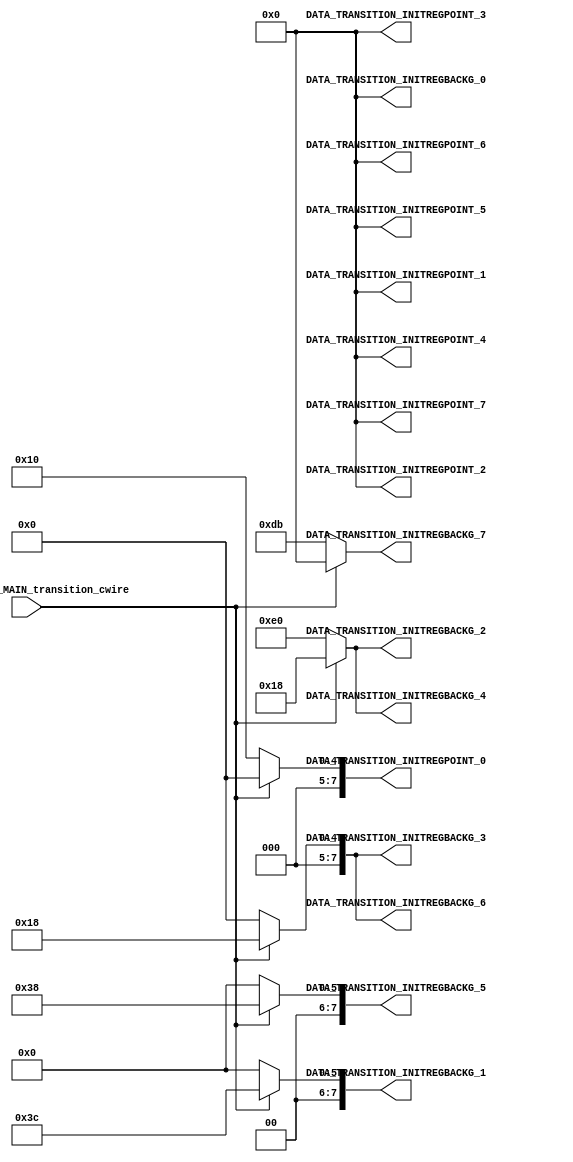




module CC_SET_FIXED_TRANSITIONS (
	
		/////// OUTPUTS ////////////////////////
		 DATA_TRANSITION_INITREGPOINT_7,
		 DATA_TRANSITION_INITREGPOINT_6,
		 DATA_TRANSITION_INITREGPOINT_5,
		 DATA_TRANSITION_INITREGPOINT_4,
		 DATA_TRANSITION_INITREGPOINT_3,
		 DATA_TRANSITION_INITREGPOINT_2,
		 DATA_TRANSITION_INITREGPOINT_1,
		 DATA_TRANSITION_INITREGPOINT_0,

		 DATA_TRANSITION_INITREGBACKG_7,
		 DATA_TRANSITION_INITREGBACKG_6,
		 DATA_TRANSITION_INITREGBACKG_5,
		 DATA_TRANSITION_INITREGBACKG_4,
		 DATA_TRANSITION_INITREGBACKG_3,
		 DATA_TRANSITION_INITREGBACKG_2,
		 DATA_TRANSITION_INITREGBACKG_1,
		 DATA_TRANSITION_INITREGBACKG_0,
		 
		///////// INPUTS ///////////////////////

		 STATEMACHINE_MAIN_transition_cwire
);
//=======================================================
//  PARAMETER declarations
//=======================================================

//=======================================================
//  PORT declarations
//=======================================================
output reg  [8-1:0]   DATA_TRANSITION_INITREGPOINT_7;
output reg	[8-1:0]	 DATA_TRANSITION_INITREGPOINT_6;
output reg	[8-1:0]	 DATA_TRANSITION_INITREGPOINT_5;
output reg	[8-1:0]	 DATA_TRANSITION_INITREGPOINT_4;
output reg	[8-1:0]	 DATA_TRANSITION_INITREGPOINT_3;
output reg	[8-1:0]	 DATA_TRANSITION_INITREGPOINT_2;
output reg	[8-1:0]	 DATA_TRANSITION_INITREGPOINT_1;
output reg	[8-1:0]	 DATA_TRANSITION_INITREGPOINT_0;

output reg	[8-1:0]	 DATA_TRANSITION_INITREGBACKG_7;
output reg	[8-1:0]	 DATA_TRANSITION_INITREGBACKG_6;
output reg	[8-1:0]	 DATA_TRANSITION_INITREGBACKG_5;
output reg	[8-1:0]	 DATA_TRANSITION_INITREGBACKG_4;
output reg	[8-1:0]	 DATA_TRANSITION_INITREGBACKG_3;
output reg	[8-1:0]	 DATA_TRANSITION_INITREGBACKG_2;
output reg	[8-1:0]	 DATA_TRANSITION_INITREGBACKG_1;
output reg	[8-1:0]	 DATA_TRANSITION_INITREGBACKG_0;

input STATEMACHINE_MAIN_transition_cwire;

//=======================================================
//  REG/WIRE declarations
//=======================================================



//=======================================================
//  Structural coding
//=======================================================
always @(*) 
begin

	if (STATEMACHINE_MAIN_transition_cwire == 3'b001) begin

		 DATA_TRANSITION_INITREGPOINT_7 = 8'b00000000;
		 DATA_TRANSITION_INITREGPOINT_6 = 8'b00000000;
		 DATA_TRANSITION_INITREGPOINT_5 = 8'b00000000;
		 DATA_TRANSITION_INITREGPOINT_4 = 8'b00000000;
		 DATA_TRANSITION_INITREGPOINT_3 = 8'b00000000;
		 DATA_TRANSITION_INITREGPOINT_2 = 8'b00000000;
		 DATA_TRANSITION_INITREGPOINT_1 = 8'b00000000;
		 DATA_TRANSITION_INITREGPOINT_0 = 8'b00000000;

		 DATA_TRANSITION_INITREGBACKG_7 = 8'b00000000;
		 DATA_TRANSITION_INITREGBACKG_6 = 8'b00011000;
		 DATA_TRANSITION_INITREGBACKG_5 = 8'b00111000;
		 DATA_TRANSITION_INITREGBACKG_4 = 8'b00011000;
		 DATA_TRANSITION_INITREGBACKG_3 = 8'b00011000;
		 DATA_TRANSITION_INITREGBACKG_2 = 8'b00011000;
		 DATA_TRANSITION_INITREGBACKG_1 = 8'b00111100;
		 DATA_TRANSITION_INITREGBACKG_0 = 8'b00000000;
		 end
		 
		 
	else if (STATEMACHINE_MAIN_transition_cwire == 3'b010) begin

		 DATA_TRANSITION_INITREGPOINT_7 = 8'b00000000;
		 DATA_TRANSITION_INITREGPOINT_6 = 8'b00000000;
		 DATA_TRANSITION_INITREGPOINT_5 = 8'b00000000;
		 DATA_TRANSITION_INITREGPOINT_4 = 8'b00000000;
		 DATA_TRANSITION_INITREGPOINT_3 = 8'b00000000;
		 DATA_TRANSITION_INITREGPOINT_2 = 8'b00000000;
		 DATA_TRANSITION_INITREGPOINT_1 = 8'b00000000;
		 DATA_TRANSITION_INITREGPOINT_0 = 8'b00000000;
		 
		 
		 //////////// POS INICIAL FONDO / OBSTACULOS /////
		 DATA_TRANSITION_INITREGBACKG_7 = 8'b00000000;
		 DATA_TRANSITION_INITREGBACKG_6 = 8'b00111000;
		 DATA_TRANSITION_INITREGBACKG_5 = 8'b01000100;
		 DATA_TRANSITION_INITREGBACKG_4 = 8'b00001000;
		 DATA_TRANSITION_INITREGBACKG_3 = 8'b00010000;
		 DATA_TRANSITION_INITREGBACKG_2 = 8'b00100000;
		 DATA_TRANSITION_INITREGBACKG_1 = 8'b01111100;
		 DATA_TRANSITION_INITREGBACKG_0 = 8'b00000000;
		 end
		 
		 
	else if (STATEMACHINE_MAIN_transition_cwire == 3'b011) begin

		 DATA_TRANSITION_INITREGPOINT_7 = 8'b00000000;
		 DATA_TRANSITION_INITREGPOINT_6 = 8'b00000000;
		 DATA_TRANSITION_INITREGPOINT_5 = 8'b00000000;
		 DATA_TRANSITION_INITREGPOINT_4 = 8'b00000000;
		 DATA_TRANSITION_INITREGPOINT_3 = 8'b00000000;
		 DATA_TRANSITION_INITREGPOINT_2 = 8'b00000000;
		 DATA_TRANSITION_INITREGPOINT_1 = 8'b00000000;
		 DATA_TRANSITION_INITREGPOINT_0 = 8'b00000000;
		 
		 
		 //////////// POS INICIAL FONDO / OBSTACULOS /////
		 DATA_TRANSITION_INITREGBACKG_7 = 8'b00000000;
		 DATA_TRANSITION_INITREGBACKG_6 = 8'b01111100;
		 DATA_TRANSITION_INITREGBACKG_5 = 8'b00000010;
		 DATA_TRANSITION_INITREGBACKG_4 = 8'b00000010;
		 DATA_TRANSITION_INITREGBACKG_3 = 8'b01111100;
		 DATA_TRANSITION_INITREGBACKG_2 = 8'b00000010;
		 DATA_TRANSITION_INITREGBACKG_1 = 8'b00000010;
		 DATA_TRANSITION_INITREGBACKG_0 = 8'b01111110;
		 end
		 
		 
	else if (STATEMACHINE_MAIN_transition_cwire == 3'b100) begin

		 DATA_TRANSITION_INITREGPOINT_7 = 8'b00000000;
		 DATA_TRANSITION_INITREGPOINT_6 = 8'b00000000;
		 DATA_TRANSITION_INITREGPOINT_5 = 8'b00000000;
		 DATA_TRANSITION_INITREGPOINT_4 = 8'b00000000;
		 DATA_TRANSITION_INITREGPOINT_3 = 8'b00000000;
		 DATA_TRANSITION_INITREGPOINT_2 = 8'b00000000;
		 DATA_TRANSITION_INITREGPOINT_1 = 8'b00000000;
		 DATA_TRANSITION_INITREGPOINT_0 = 8'b00000000;
		 
		 
		 //////////// POS INICIAL FONDO / OBSTACULOS /////
		 DATA_TRANSITION_INITREGBACKG_7 = 8'b00000000;
		 DATA_TRANSITION_INITREGBACKG_6 = 8'b01000010;
		 DATA_TRANSITION_INITREGBACKG_5 = 8'b01000010;
		 DATA_TRANSITION_INITREGBACKG_4 = 8'b01000010;
		 DATA_TRANSITION_INITREGBACKG_3 = 8'b01111010;
		 DATA_TRANSITION_INITREGBACKG_2 = 8'b00000010;
		 DATA_TRANSITION_INITREGBACKG_1 = 8'b00000010;
		 DATA_TRANSITION_INITREGBACKG_0 = 8'b00000000;
		
		 end
		 
	
	else if (STATEMACHINE_MAIN_transition_cwire == 3'b101) begin

		 DATA_TRANSITION_INITREGPOINT_7 = 8'b00000000;
		 DATA_TRANSITION_INITREGPOINT_6 = 8'b00000000;
		 DATA_TRANSITION_INITREGPOINT_5 = 8'b00000000;
		 DATA_TRANSITION_INITREGPOINT_4 = 8'b00000000;
		 DATA_TRANSITION_INITREGPOINT_3 = 8'b00000000;
		 DATA_TRANSITION_INITREGPOINT_2 = 8'b00000000;
		 DATA_TRANSITION_INITREGPOINT_1 = 8'b00000000;
		 DATA_TRANSITION_INITREGPOINT_0 = 8'b00000000;
		 
		 
		 //////////// POS INICIAL FONDO / OBSTACULOS /////
		 DATA_TRANSITION_INITREGBACKG_7 = 8'b11111111;
		 DATA_TRANSITION_INITREGBACKG_6 = 8'b01111110;
		 DATA_TRANSITION_INITREGBACKG_5 = 8'b01111110;
		 DATA_TRANSITION_INITREGBACKG_4 = 8'b01111110;
		 DATA_TRANSITION_INITREGBACKG_3 = 8'b00011000;
		 DATA_TRANSITION_INITREGBACKG_2 = 8'b00011000;
		 DATA_TRANSITION_INITREGBACKG_1 = 8'b00011000;
		 DATA_TRANSITION_INITREGBACKG_0 = 8'b00111100;
		
		 end
		 		 
		
	else begin

		 DATA_TRANSITION_INITREGPOINT_7 = 8'b00000000;
		 DATA_TRANSITION_INITREGPOINT_6 = 8'b00000000;
		 DATA_TRANSITION_INITREGPOINT_5 = 8'b00000000;
		 DATA_TRANSITION_INITREGPOINT_4 = 8'b00000000;
		 DATA_TRANSITION_INITREGPOINT_3 = 8'b00000000;
		 DATA_TRANSITION_INITREGPOINT_2 = 8'b00000000;
		 DATA_TRANSITION_INITREGPOINT_1 = 8'b00000000;
		 DATA_TRANSITION_INITREGPOINT_0 = 8'b00010000;
		 
		
		 DATA_TRANSITION_INITREGBACKG_7 = 8'b11011011;
		 DATA_TRANSITION_INITREGBACKG_6 = 8'b00000000;
		 DATA_TRANSITION_INITREGBACKG_5 = 8'b00000000;
		 DATA_TRANSITION_INITREGBACKG_4 = 8'b11100000;
		 DATA_TRANSITION_INITREGBACKG_3 = 8'b00000000;
		 DATA_TRANSITION_INITREGBACKG_2 = 8'b11100000;
		 DATA_TRANSITION_INITREGBACKG_1 = 8'b00000000;
		 DATA_TRANSITION_INITREGBACKG_0 = 8'b00000000;
		 end
	 
	 end 
endmodule